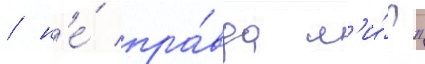
/ н'е́ пра́вда л'и́?"